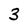
Character: 3